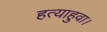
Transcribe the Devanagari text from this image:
हत्याहुवा।